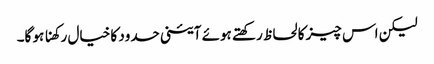
لیکن اس چیز کا لحاظ رکھتے ہوئے آئینی حدود کا خیال رکھنا ہو گا۔